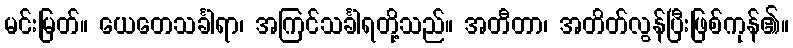
မင်းမြတ်။ ယေတေသင်္ခါရာ၊ အကြင်သင်္ခါရတို့သည်။ အတီတာ၊ အတိတ်လွန်ပြီးဖြစ်ကုန်၏။